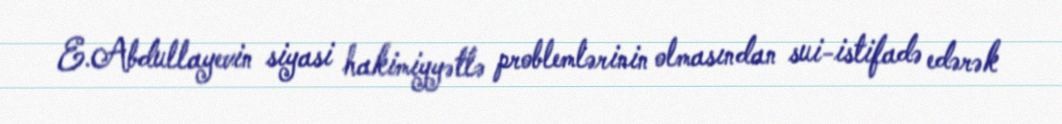
E.Abdullayevin siyasi hakimiyyətlə problemlərinin olmasından sui-istifadə edərək